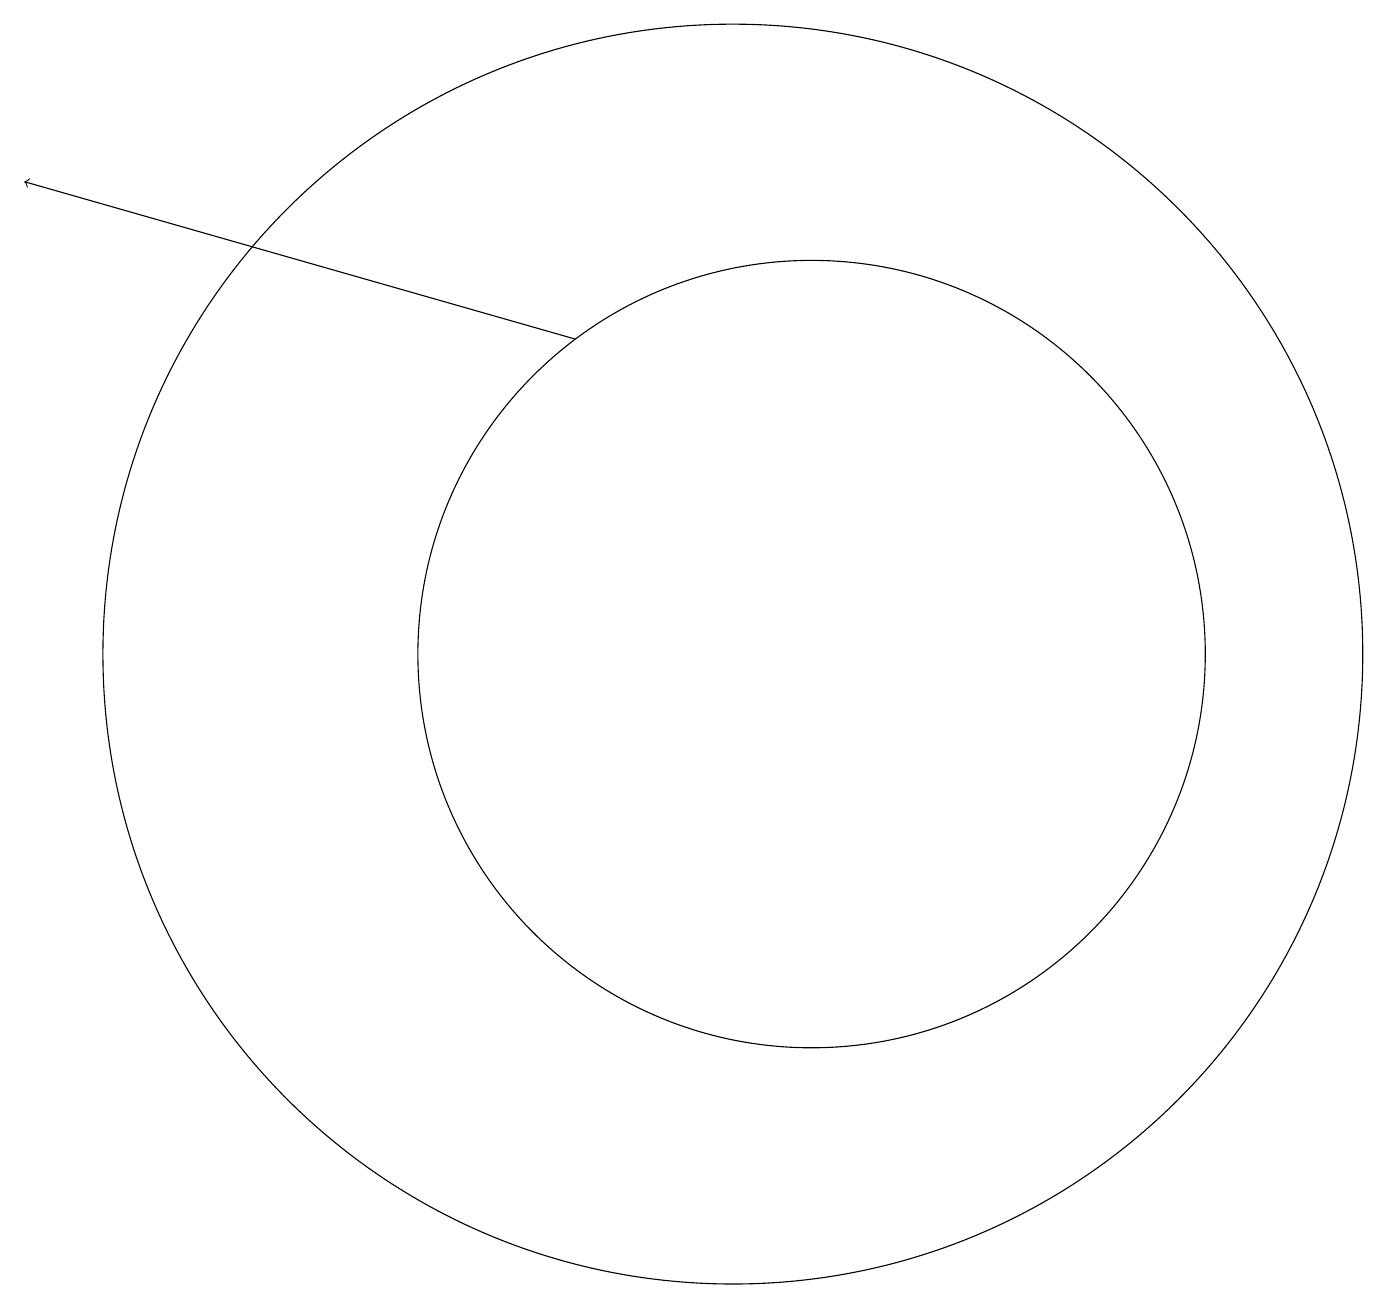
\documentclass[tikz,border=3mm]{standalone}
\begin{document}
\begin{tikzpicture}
\draw (11,10) circle (8);
\draw[->] (9,14) -- (2,16);
\draw (12,10) circle (5);
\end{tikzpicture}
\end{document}